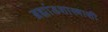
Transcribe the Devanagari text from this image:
ब्रह्मांडशास्त्राशी